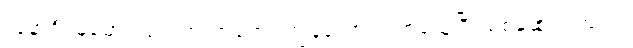
လူနာဦးမြမောင် ရောက်လာတော့ ကျွန်တော် လက်ခံယူပြီး စစ်ဆေးပါတယ်။